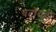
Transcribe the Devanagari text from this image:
बटॉयदी